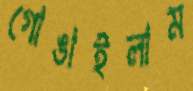
গোঙাইলাম